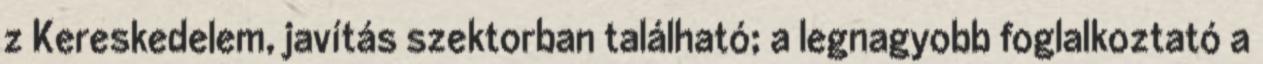
z Kereskedelem, javítás szektorban található; a legnagyobb foglalkoztató a